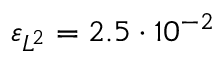
\varepsilon _ { L ^ { 2 } } = 2 . 5 \cdot 1 0 ^ { - 2 }